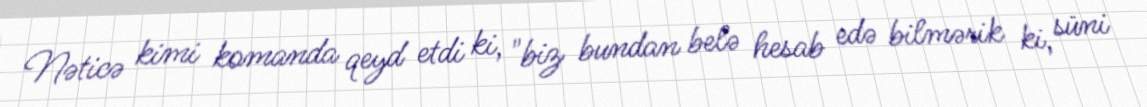
Nəticə kimi komanda qeyd etdi ki, "biz bundan belə hesab edə bilmərik ki, süni